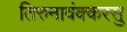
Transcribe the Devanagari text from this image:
तिरुनावंक्करसु